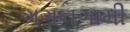
ગગનગામી